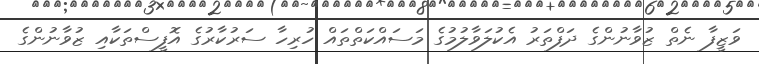
ވަޒީފާ ނެތް ޒުވާނުންގެ ދަފްތަރު އެކުލަވާލުމުގެ މަސައްކަތްތައް ހުރިހާ ސަރުކާރުގެ އޮފީސްތަކާއި ޒުވާނުންގެ